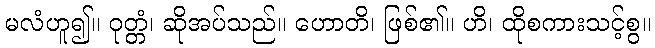
မလံဟူ၍။ ဝုတ္တံ၊ ဆိုအပ်သည်။ ဟောတိ၊ ဖြစ်၏။ ဟိ၊ ထိုစကားသင့်စွ။